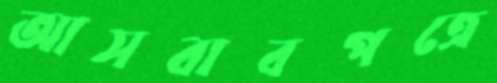
আসবাবপত্রে